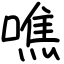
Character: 噍